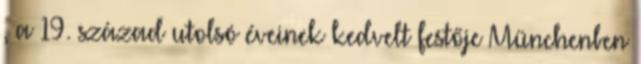
, a 19. század utolsó éveinek kedvelt festője Münchenben